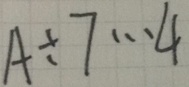
A \div 7 \cdots 4